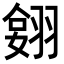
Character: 𦑔